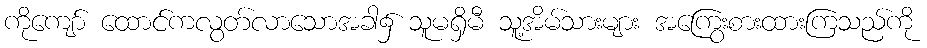
ကိုကျော် ထောင်ကလွတ်လာသောအခါ၌ သူမရှိမီ သူ့အိမ်သားများ အကြွေးစားထားကြသည်ကို